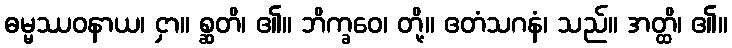
ဓမ္မဿဝနာယ၊ ငှာ။ စ္ဆတိ၊ ၏။ ဘိက္ခဝေ၊ တို့။ ဧတံသဂနံ၊ သည်။ အတ္ထိ၊ ၏။